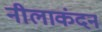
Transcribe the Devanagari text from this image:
नीलाकंदन